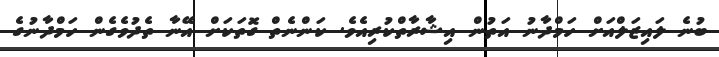
ބުނެ ލައިޒަލްއަށް ހަމްދާނު އަތުން އިޝާރާތްކުރިއެވެ. ކަންނެތް ގޮތަކަށް އޭނާ ތެދުވެގެން ހަމްދާނުގެ